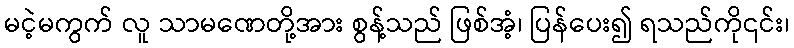
မငဲ့မကွက် လူ သာမဏေတို့အား စွန့်သည် ဖြစ်အံ့၊ ပြန်ပေး၍ ရသည်ကို၎င်း၊